Medical and sanitary report of the native army of Madras for the year
Year: 1876
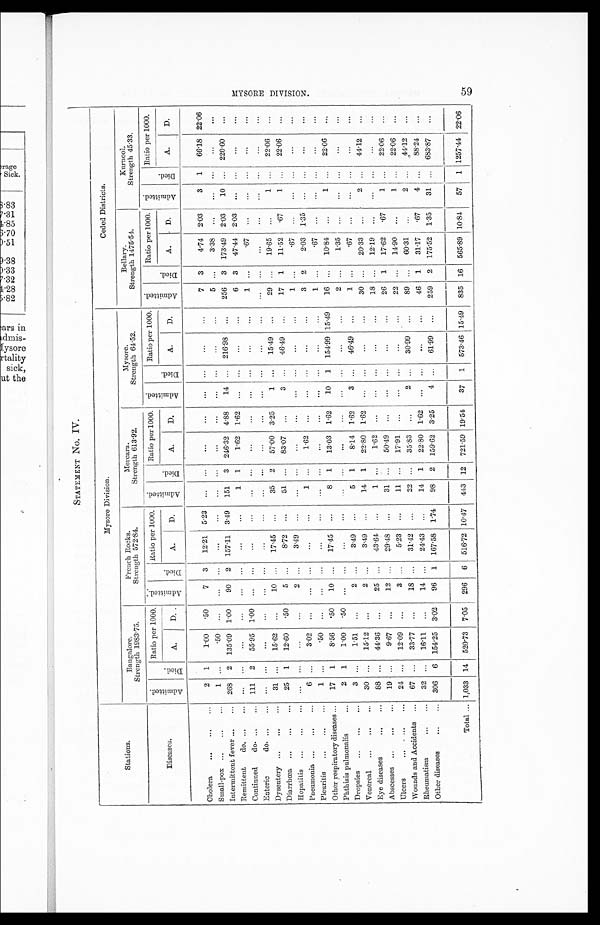
MYSORE DIVISION. 59
STATEMENT No. IV.
Stations.
Mysore Division.
Ceded Districts.
Bangalore.
Strength 1983.75.
French Rocks.
Strength 572.84.
Mercara.
Strength 613.92.
Mysore.
Strength 64.52.
Bellary.
Strength 1475.54.
Kurnool.
Strength 45.33.
Diseases.
Admi t t e d.
Died.
Ratio per 1000.
Admi t t ed.
Di ed.
Ratio per 1000. Admi t t e d.
Died.
Ratio per 1000. Admi t t e d.
Di ed.
Ratio per 1000. Admi t t e d.
Died.
Ratio per 1000. Admi t t e d.
Di ed.
Ratio per 1000.
A.
D.
A.
D.
A.
D.
A.
D.
A.
D.
A.
D.
Cholera
...
...
...
2 1
1.00 .50
7 3
12.21 5.23 ... ...
...
...
...
...
...
...
7 3
4.74 2.03
3 1
66.18 22.06
Small-pox ...
...
...
1 ... .50
...
...
... ...
...
...
...
...
...
...
...
...
...
5 ... 3.38
...
...
... ...
...
Intermittent fever ...
... 268 2 135.09 1.00
90 2 157.11 3.49 151 3 246.32 4.88
14 ... 216.98 ...
256 3 173.49 2.03
10 ... 220.60
...
Remittent
do. ...
... .... ...
...
...
...
...
... ...
1 1
1.62 1.62 ..
...
... ...
6 3
47.44 2.03 ...
...
...
...
Continued
do. ...
... 111 2
55.95 1.00 ... ...
...
...
... ...
... ...
...
... ...
...
1 ... .67
...
...
... ...
...
Ent eri c do. . . . . . .
...
... ...
...
... ...
... ...
... ...
...
...
... ...
...
...
... ...
...
...
...
...
... ...
Dysentery ... ...
...
31 ...
15.62 ...
10 ...
17.45 ...
35 2
57.00 3.25
1 ...
15.49 ...
29 ...
19.65 ...
1 ...
22.06
...
Diarrhœa
... ...
25 1
12.60 .50
5 ...
8.72 ...
51 ...
83.07 ...
3 ...
46.49 ...
17 1
11.52 .67 1
...
22.06
...
Hepatitis ...
...
... ... ...
....
... 2
... 3.49
...
...
... ...
...
...
...
...
...
1 ... .67
...
...
... ...
...
Pneumonia ...
...
...
6 ... 3.02
...
...
... ...
...
1 ...
1.62 ...
...
...
...
...
3 2
2.03 1.35 ...
...
...
...
Pleuritis
...
...
...
1 ... .50
...
...
... ...
...
...
... ...
...
... ...
...
...
1 ... .67
...
...
... ...
...
Other respiratory diseases ...
17 1
8.56
.50
10 ...
17.45 ...
8 1
13.03 1.62
10 1 154.99 15.49
16 ...
10.84 ...
1 ...
22.06
...
Phthisis pulmonalis
...
2 1
1.00 .50
...
... ...
...
...
2 ... 1.35
...
Dropsies
...
...
...
3 ...
1.51
... 2
3.49 ...
5 1
8.14 1.62
3 ...
46.49 ...
1 ... .67
Venereal ...
...
...
30 ...
15.12 ...
2 ...
3.49 ...
14 1
22.80 1.62 ... ...
...
...
30 ...
20.33 ...
2 ...
44.12
...
Eye diseases
88 ...
44.36 ...
25 ...
43.64 ...
1 ...
1.62
...
18 ..
12.19 ...
..
. ..
...
...
Abscesses ...
...
... 19 ...
9.67 ...
12 ...
29.48 ...
31 ...
50.49 ...
... ...
...
...
26 1
17.62 .67
1 ...
22.06
...
Ulcers
... ... ....
24
12.09 ...
3 ...
5.23 ... 11
17.91
22 ... 14.90 ...
1 ...
22.06
...
Wounds and Accidents ...
67 ...
33.77 ...
18 ...
31.42
...
22 ...
35.83 ...
2 ...
30.99 ...
89 ...
60.31 ...
2 ...
44.12 ...
Rheumatism
32 ...
16.11 ...
14 ...
24.43 ...
14 1
22.80 1.62 ... ...
...
...
46 1
31.17 .67
4 ...
88.24
...
Other diseases
...
... 306 6 154.25 3.02
96 1 167.58 1.74
98 2 159.62 3.25
4 ...
61.99 ...
259 2 175.52 1.35
31 ... 683.87
...
Total ... 1,033 14 520.73 7.05 296 6 516.72 10.47 443 12 721.59 19.54
37 1 573.46 15.49 835 16 565.89 10.84
57 1 1257.44 22.06